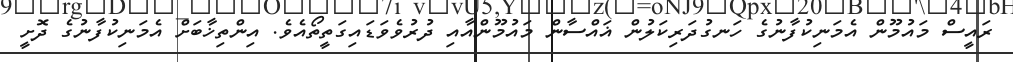
ރައީސް މައުމޫން އެމަނިކުފާނުގެ ހަނގުދަރިކަލުން ޣައްސާން މައުމޫންއާއި ދުރުވެވަޑައިގަތީތޯއެވެ. އިންތިޚާބަށް އެމަނިކުފާނުގެ ދޮށީ